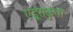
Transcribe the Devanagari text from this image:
एडूसकुंता